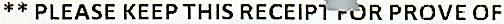
** PLEASE KEEP THIS RECEIPT FOR PROVE OF